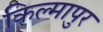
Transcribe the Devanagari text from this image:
किल्मापुर